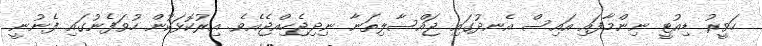
ހަވީރު ޑިއުޓީ ނިންމާފައި އައިސް އެނދުގައި ޖައްސާލިތަނާ ނިދިޖެހިއްޖެއެވެ. އިރުކޮޅަކުން ހުވަފެނުގައި ފެނުނީ